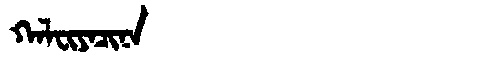
Manchu: ᡴᠠᠯᠸᡳᠶᠠᠴᡳᠨᠠ
Romanization: KALFIYACINA